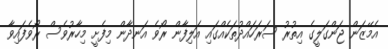
އެމޭޒަން ޖަންގަލީގެ އިތުރު ސަރަހައްދުތަކެއްގައި އަލިފާން ރޯވެ އަނދާން މިފެށީ މިހާރުވެސް ރޯވެފައިވާ